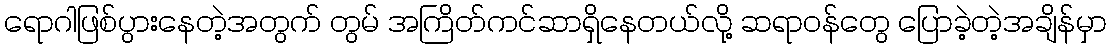
ရောဂါဖြစ်ပွားနေတဲ့အတွက် တွမ် အကြိတ်ကင်ဆာရှိနေတယ်လို့ ဆရာဝန်တွေ ပြောခဲ့တဲ့အချိန်မှာ